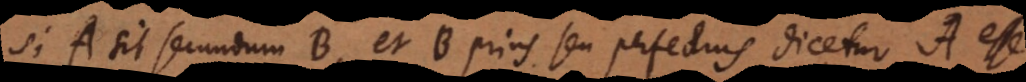
Si A sit secundum B, et B prius seu perfectius dicetur A esse